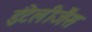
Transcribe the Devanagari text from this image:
इंटेलीजैंस